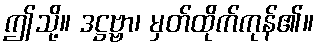
ဤသို့။ ဒဋ္ဌဗ္ဗာ၊ မှတ်ထိုက်ကုန်၏။